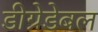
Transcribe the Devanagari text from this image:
डीग्रेडेबल